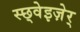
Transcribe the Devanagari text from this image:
स्छ्वेइज़ेर्